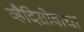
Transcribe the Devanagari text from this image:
व्हैदिसोवाचा